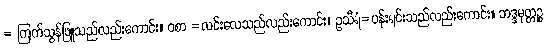
= ကြက်သွန်ဖြူသည်လည်းကောင်း။ ဝစာ =လင်းလေသည်လည်းကောင်း။ ဥသီရံ=ပန်းရင်းသည်လည်းကောင်း။ ဘဒ္ဒမုတ္တဉ္စ